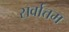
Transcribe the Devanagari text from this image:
सर्वात्तम